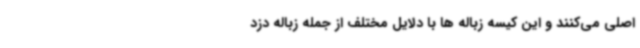
اصلی می‌کنند و این کیسه زباله ها با دلایل مختلف از جمله زباله دزد